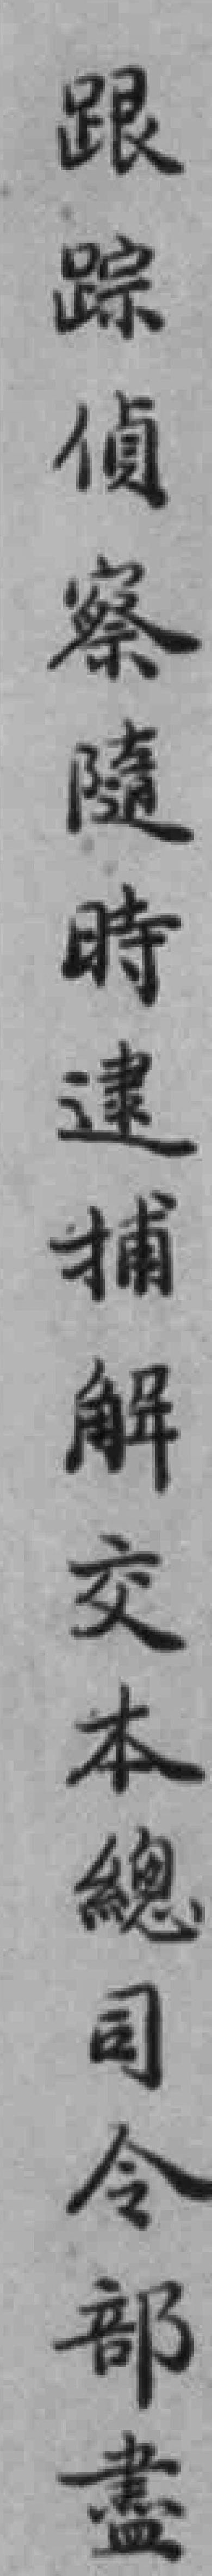
跟踪偵察隨時逮捕解交本總司令部盡